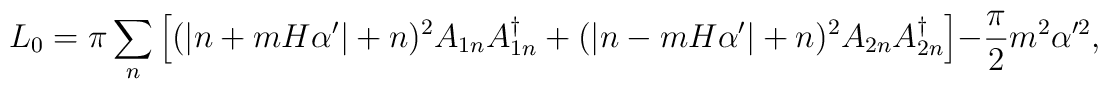
L_0=\pi\sum_n \left[ (|n+mH\alpha'|+n)^2 A_{1n}A_{1n}^\dagger+(|n-mH\alpha'|+n)^2 A_{2n}A_{2n}^\dagger\right] -\frac{\pi}{2}m^2\alpha'^2,